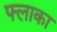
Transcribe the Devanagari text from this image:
फ्लाका